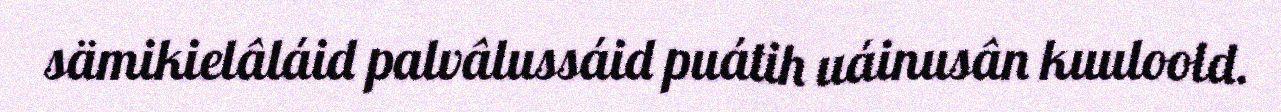
sämikielâláid palvâlussáid puátih uáinusân kuuloold.